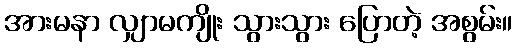
အားမနာ လျှာမကျိုး သွားသွား ပြောတဲ့ အစွမ်း။